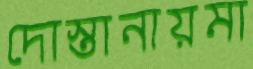
দোস্তানায়মা